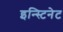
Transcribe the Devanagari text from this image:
इन्स्टिनेट